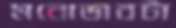
মনোভাবটা